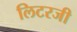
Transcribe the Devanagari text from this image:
लिटरजी